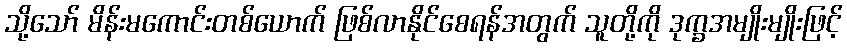
သို့သော် မိန်းမကောင်းတစ်ယောက် ဖြစ်လာနိုင်စေရန်အတွက် သူတို့ကို ဒုက္ခအမျိုးမျိုးဖြင့်